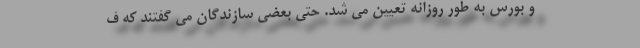
و بورس به طور روزانه تعیین می شد. حتی بعضی سازندگان می گفتند که ف